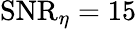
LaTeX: \mathrm{SNR}_{\eta}=15